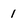
Character: 1